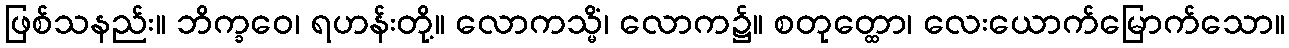
ဖြစ်သနည်း။ ဘိက္ခဝေ၊ ရဟန်းတို့။ လောကသ္မိံ၊ လောက၌။ စတုတ္ထော၊ လေးယောက်မြောက်သော။